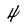
Character: 4